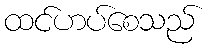
ထင်ဟပ်စေသည်